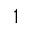
_ 1